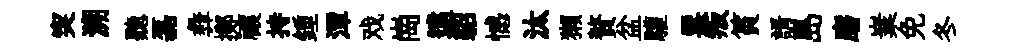
突溯聽磊彜擲禳持鍾潭戏崗遠貂憾汰獺贅盆驩票叛篔諝島磨嶪免冬